Rangoon Lunatic Asylum 1893-1897 - 1893-1897
Year: 1893
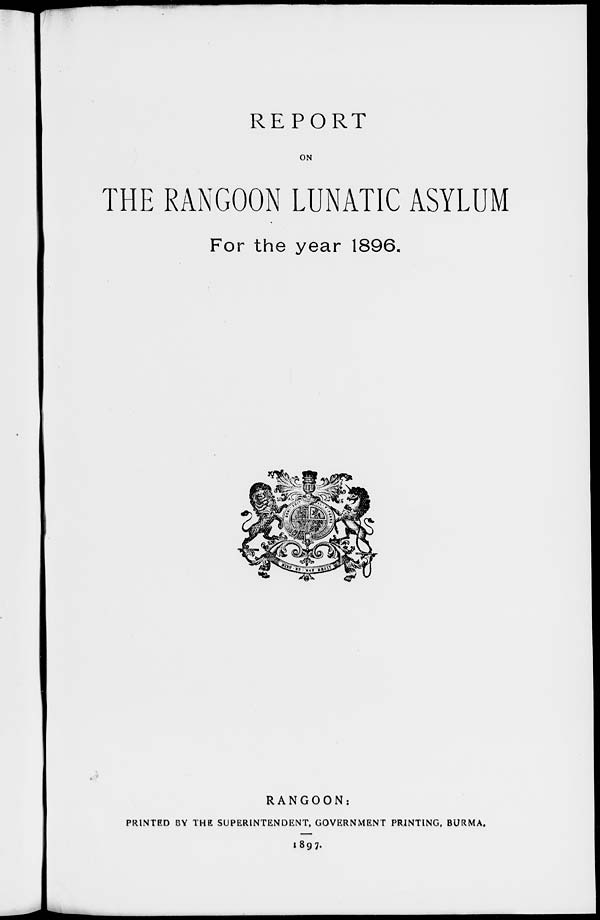
REPORT
ON
THE RANGOON LUNATIC ASYLUM
For the year 1896.
RANGOON:
PRINTED BY THE SUPERINTENDENT, GOVERNMENT PRINTING, BURMA.
1897.